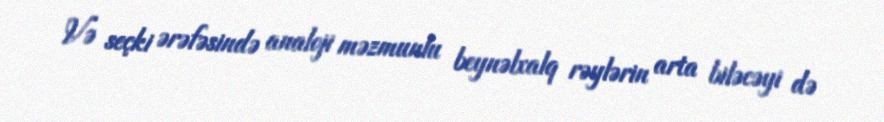
Və seçki ərəfəsində analoji məzmunlu beynəlxalq rəylərin arta biləcəyi də